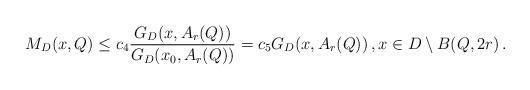
LaTeX: \begin{align*}M_D(x, Q)\le c_4\frac{G_D(x, A_r(Q))}{G_D(x_0, A_r(Q))}=c_5 G_D(x, A_r(Q))\, ,x\in D\setminus B(Q, 2r)\, .\end{align*}